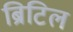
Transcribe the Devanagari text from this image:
ब्रिटिल